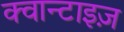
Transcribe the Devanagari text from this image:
क्वान्टाइज़